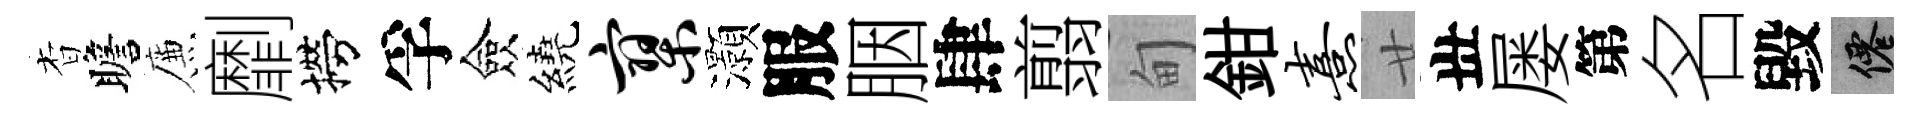
杳瞻簾劘撈孚僉繞寥灝服胭肆翦甸鉗熹廿丗屡第名毀仙